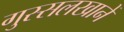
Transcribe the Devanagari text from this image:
गुस्सलखानें